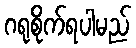
ဂရုစိုက်ရပါမည်